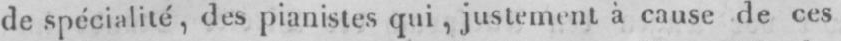
de spécialité, des pianistes qui, justement à cause de ces